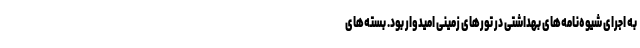
به اجرای شیوه‌نامه‌های بهداشتی در تورهای زمینی امیدوار بود. بسته‌های